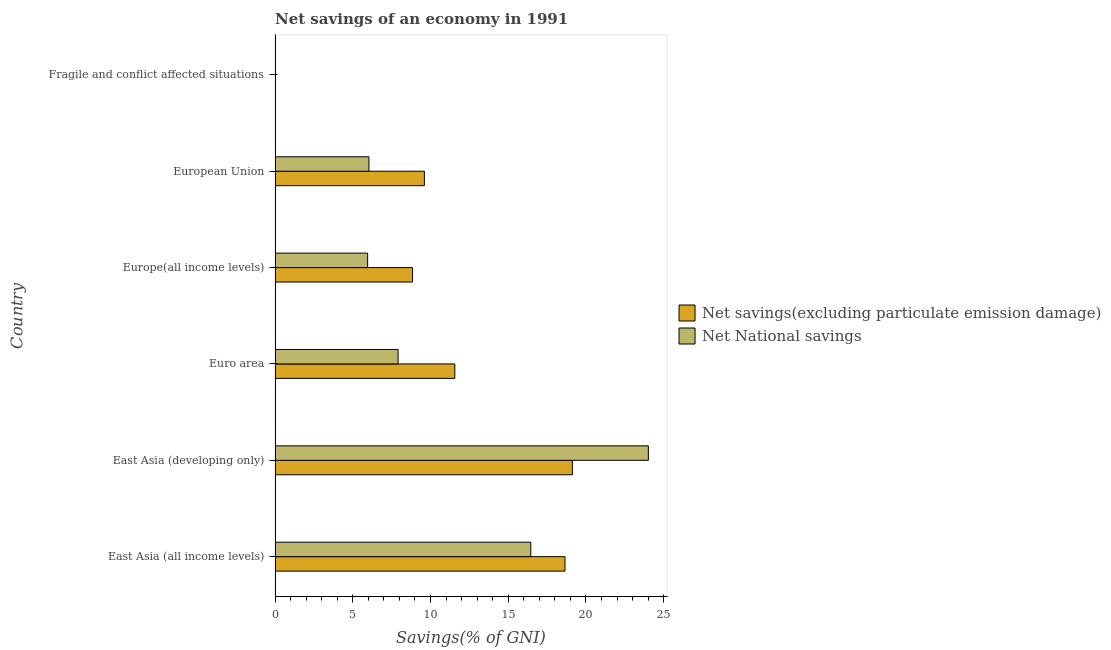
| Country | Net savings(excluding particulate emission damage) | Net National savings |
 | --- | --- | --- |
 | East Asia (all income levels) | 18.7 | 16.5 |
 | East Asia (developing only) | 19.1 | 24 |
 | Euro area | 11.6 | 7.91 |
 | Europe(all income levels) | 8.84 | 5.95 |
 | European Union | 9.61 | 6.04 |
 | Fragile and conflict affected situations | -1.29 | -0.637 |